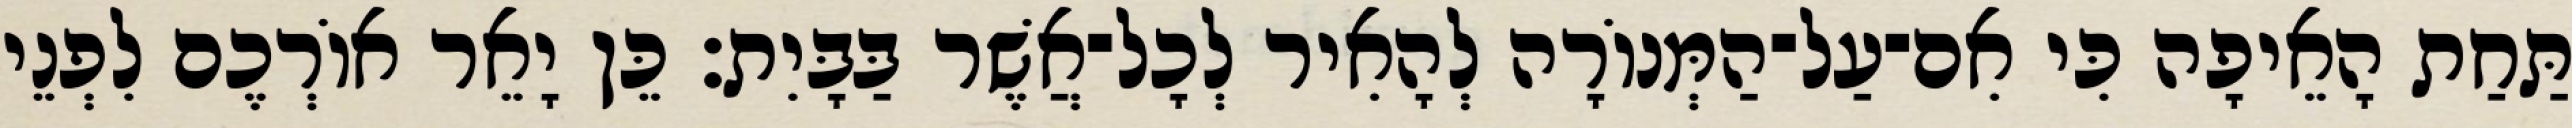
תַּחַת הָאֵיפָה כִּי אִם־עַל־הַמְּנוֹרָה לְהָאִיר לְכָל־אֲשֶׁר בַּבָּיִת׃ כֵּן יָאֵר אוֹרְכֶם לִפְנֵי